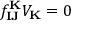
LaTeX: f _ { \mathbf { I J } } ^ { \mathbf { K } } V _ { \mathbf { K } } = 0